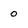
Character: 0